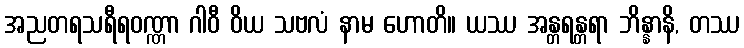
အညတရသရီရဝဏ္ဏာ ဂါဝီ ဝိယ သဗလံ နာမ ဟောတိ။ ယဿ အန္တရန္တရာ ဘိန္နာနိ, တဿ